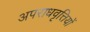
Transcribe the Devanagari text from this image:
अपराधवृत्तियों